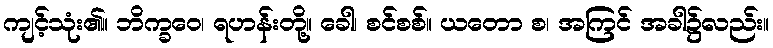
ကျင့်သုံး၏။ ဘိက္ခဝေ၊ ရဟန်းတို့။ ခေါ၊ စင်စစ်။ ယတော စ၊ အကြင် အခါ၌လည်း။